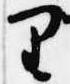
里